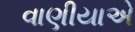
વાણીયાએ